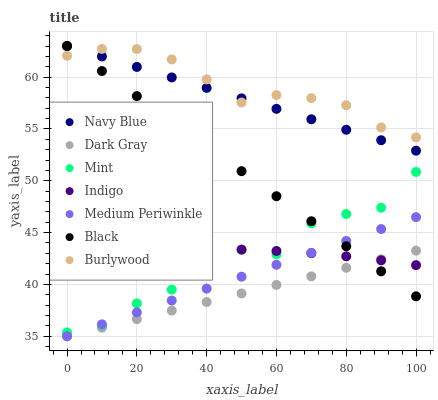
| xaxis_label | Navy Blue | Dark Gray | Mint | Indigo | Medium Periwinkle | Black | Burlywood |
 | --- | --- | --- | --- | --- | --- | --- | --- |
 | 0 | 63 | 35 | 35.4 | 42.8 | 35 | 63 | 62.1 |
 | 10 | 62 | 35.8 | 36.1 | 43 | 36.1 | 60.6 | 62.7 |
 | 20 | 61 | 36.7 | 38.2 | 43.2 | 37.3 | 58.2 | 62.7 |
 | 30 | 60 | 37.5 | 39.5 | 43.4 | 38.4 | 55.8 | 61.7 |
 | 40 | 59 | 38.3 | 41.8 | 43.4 | 39.6 | 53.3 | 59.8 |
 | 50 | 58 | 39.1 | 43.4 | 43.4 | 40.7 | 50.9 | 57.6 |
 | 60 | 56.9 | 40 | 42.9 | 43.2 | 41.9 | 48.5 | 58.3 |
 | 70 | 55.9 | 40.8 | 45.9 | 43 | 43 | 46.1 | 58 |
 | 80 | 54.9 | 41.6 | 46.8 | 42.7 | 44.2 | 43.7 | 57.3 |
 | 90 | 53.9 | 42.4 | 47.4 | 42.3 | 45.3 | 41.3 | 55.1 |
 | 100 | 52.9 | 43.3 | 50.9 | 41.9 | 46.5 | 38.9 | 54.2 |